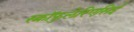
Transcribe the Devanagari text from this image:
स्क्रॉफुलेरिएसिई